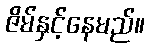
ဇိမ်နှင့်နေမည်။